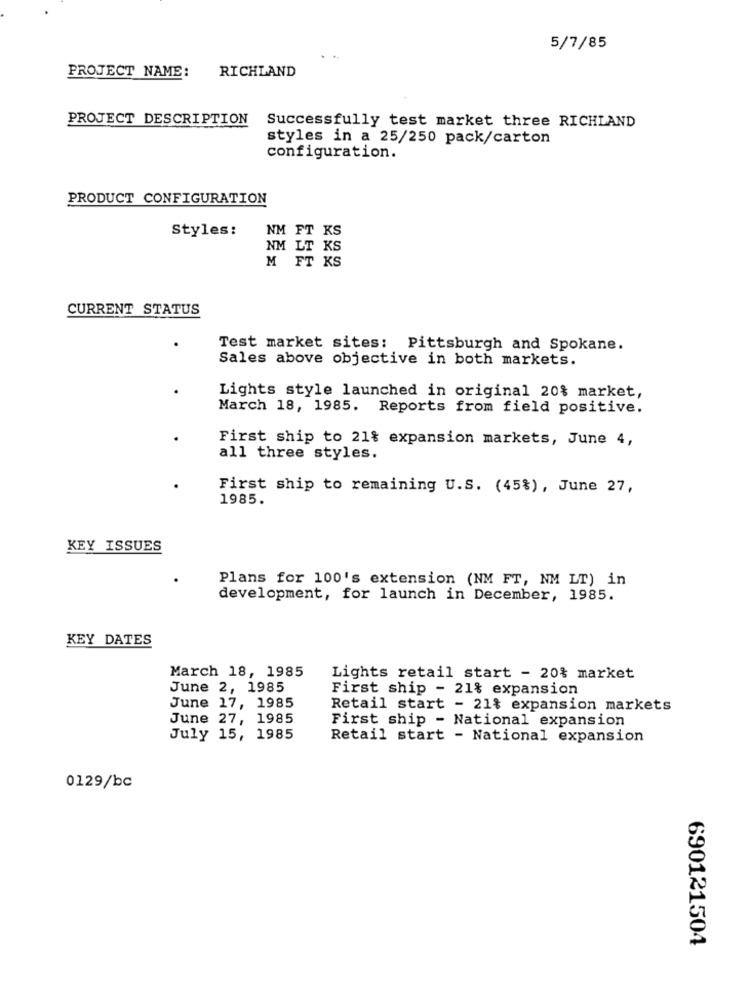
5/7/85
RICHLAND
PROJECT NAME:
PROJECT DESCRIPTION
Successfully test market three RICHLAND
styles in a 25/250 pack/carton
configuration.
PRODUCT CONFIGURATION
Styles:
NM FT KS
NM LT KS
M FT KS
CURRENT STATUS
Test market sites: Pittsburgh and Spokane.
Sales above objective in both markets.
Lights style launched in original 20% market,
March 18, 1985. Reports from field positive.
First ship to 21% expansion markets, June 4,
all three styles.
First ship to remaining U.S. (45%), June 27,
1985.
KEY ISSUES
Plans for 100's extension (NM FT, NM LT) in
development, for launch in December, 1985.
KEY DATES
March 18, 1985
Lights retail start - 20% market
June 2, 1985
First ship - 21% expansion
June 17, 1985
Retail start - 21% expansion markets
June 27, 1985
First ship - National expansion
July 15, 1985
Retail start - National expansion
0129/bc
690121504